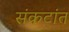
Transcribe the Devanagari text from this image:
संकटांत